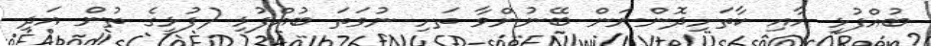
ބުއްފުޅި އާއި ކާތަށިދޮންނަން ބޭނުންވާ ތަށި ނުވަތަ ބުއްފުޅި (ފުޅީގެ ތުން އަދި